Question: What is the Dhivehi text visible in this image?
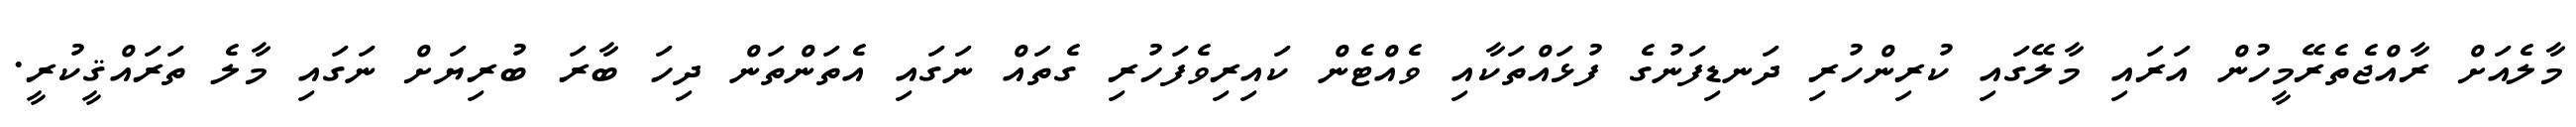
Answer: މާލެއަށް ރާއްޖެތެރޭމީހުން އަރައި މާލޭގައި ކުރިންހުރި ދަނޑިފަނުގެ ފުޅައްތަކާއި ވެއްޓެން ކައިރިވެފަހުރި ގެތައް ނަގައި އެތަންތަން ދިހަ ބާރަ ބުރިޔަށް ނަގައި މާލެ ތަރައްޤީކުރީ.